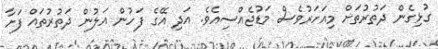
ގުޅިގެން ދަތުރުތަށް މިއަހަރުވެސް މަޑުޖެއްސިއެވެ. އަދި އޭގެ ފަހުން އަލުން ދަތުރުތައް ފަށާ